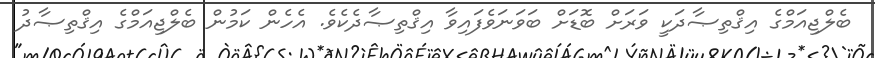
ބެލްޖިއަމްގެ އިޤްތިޞާދަކީ ވަރަށް ބޮޑަށް ބަވަނަވެފައިވާ އިޤްތިޞާދެކެވެ. އެހެން ކަމުން ބެލްޖިއަމްގެ އިޤްތިޞާދު